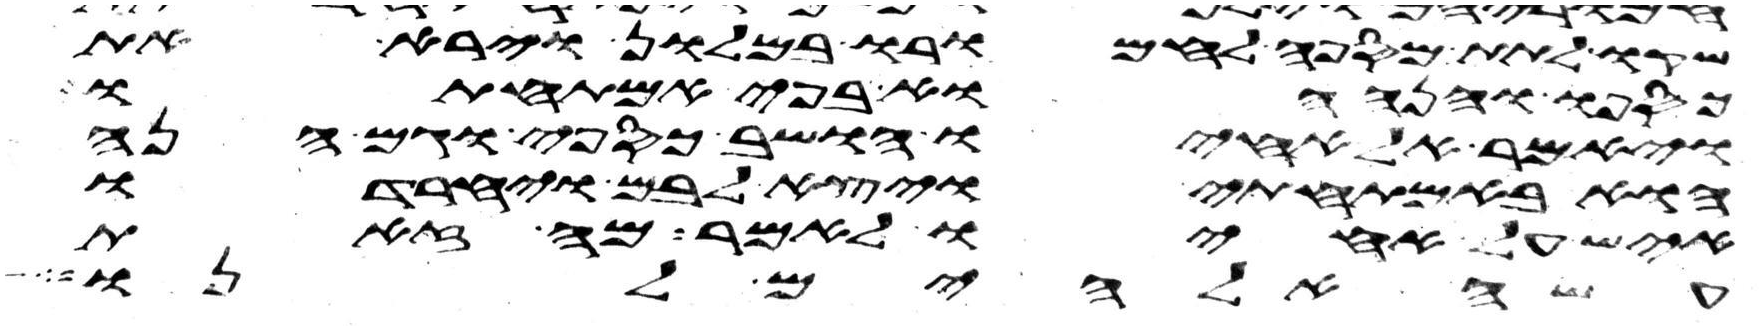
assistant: שקו לתת מספה לחמרו במלון וירא את
כספו והנה הוא בפי אמתחתו
ויאמר אל אחיו הושב כספי וגם הנה
הוא באמתחתי ויצא לבם ויחרדו
איש על אחיו לאמר מה זאת
עשה אלהים לנו